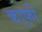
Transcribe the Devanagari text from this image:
का्फ़ी